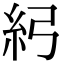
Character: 𥾏